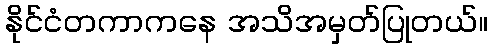
နိုင်ငံတကာကနေ အသိအမှတ်ပြုတယ်။